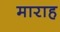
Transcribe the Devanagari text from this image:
माराह